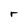
Character: r